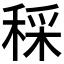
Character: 𥟩